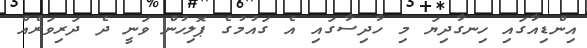
އިންޑިއާގައި ހިނގާދިޔަ މި ހާދިސާގައި އެ ގައުމުގެ ޕޮލިހުން ވަނީ ދެ ދަރިވަރެއް